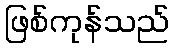
ဖြစ်ကုန်သည်